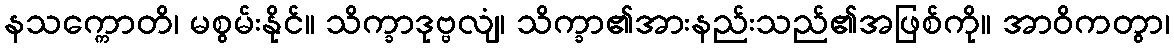
နသက္ကောတိ၊ မစွမ်းနိုင်။ သိက္ခာဒုဗ္ဗလျံ၊ သိက္ခာ၏အားနည်းသည်၏အဖြစ်ကို။ အာဝိကတွာ၊